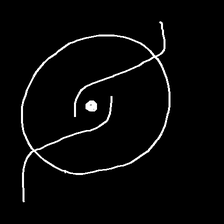
Glyph: repetition